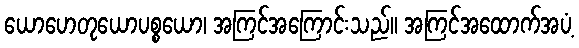
ယောဟေတုယောပစ္စယော၊ အကြင်အကြောင်းသည်။ အကြင်အထောက်အပံ့